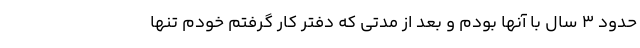
حدود ۳ سال با آنها بودم و بعد از مدتی که دفتر کار گرفتم خودم تنها